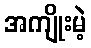
အကျိုးမဲ့